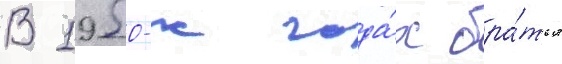
В 1950-х года́х бра́тья